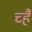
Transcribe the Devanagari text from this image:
च्है